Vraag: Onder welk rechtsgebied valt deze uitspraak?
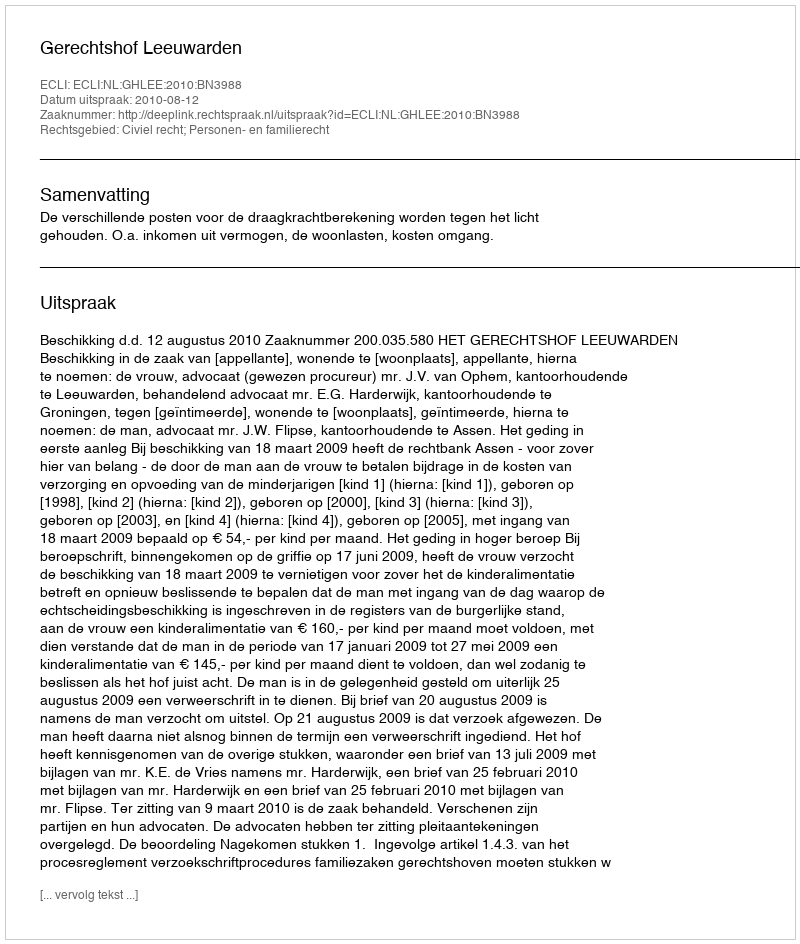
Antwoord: Civiel recht; Personen- en familierecht